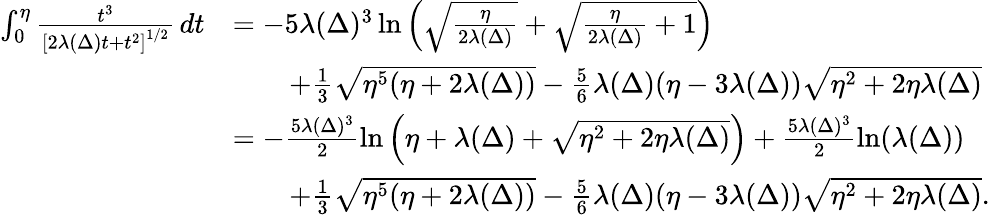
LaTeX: \begin{array}{rl}{\int_{0}^{\eta}\frac{t^{3}}{\left[2\lambda(\Delta)t+t^{2}\right]^{1/2}}\, dt}&{=-5\lambda(\Delta)^{3}\ln\left(\sqrt{\frac{\eta}{2\lambda(\Delta)}}+\sqrt{\frac{\eta}{2\lambda(\Delta)}+1}\right)}\\ &{\qquad+\frac 13\sqrt{\eta^{5}(\eta+2\lambda(\Delta))}-\frac{5}6\lambda(\Delta)(\eta-3\lambda(\Delta))\sqrt{\eta^{2}+2\eta\lambda(\Delta)}}\\ &{=-\frac{5\lambda(\Delta)^{3}}{2}\ln\left(\eta+\lambda(\Delta)+\sqrt{\eta^{2}+2\eta\lambda(\Delta)}\right)+\frac{5\lambda(\Delta)^{3}}{2}\ln(\lambda(\Delta))}\\ &{\qquad+\frac 13\sqrt{\eta^{5}(\eta+2\lambda(\Delta))}-\frac{5}6\lambda(\Delta)(\eta-3\lambda(\Delta))\sqrt{\eta^{2}+2\eta\lambda(\Delta)}.}\end{array}